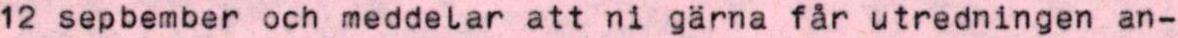
12 sepbember och meddelar att ni gärna får utredningen an-